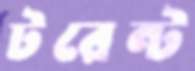
টরেন্ট